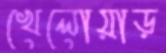
খেলোয়াড়